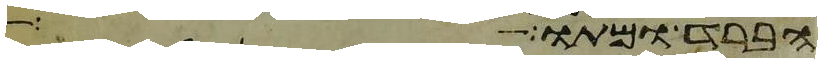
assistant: הברד ומתו